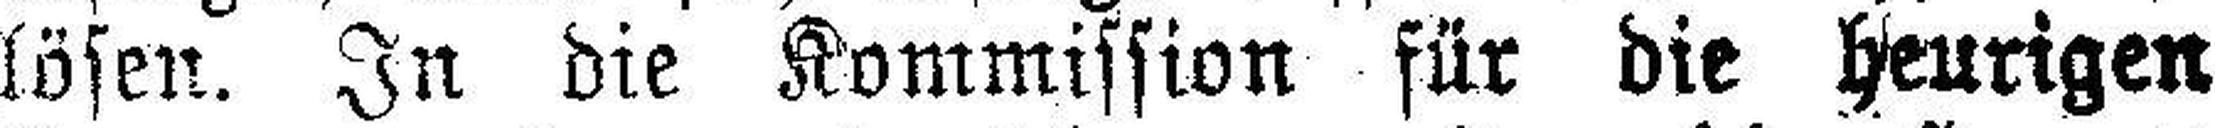
lösen. In die Kommission für die heurigen